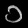
Digit: ၁